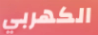
الكهربي